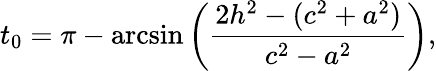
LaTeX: t_{0}=\pi-\arcsin\left(\frac{2h^{2}-(c^{2}+a^{2})}{c^{2}-a^{2}}\right),